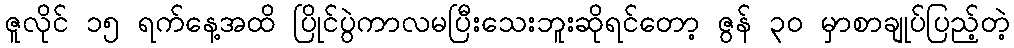
ဇူလိုင် ၁၅ ရက်နေ့အထိ ပြိုင်ပွဲကာလမပြီးသေးဘူးဆိုရင်တော့ ဇွန် ၃၀ မှာစာချုပ်ပြည့်တဲ့